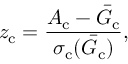
z _ { \mathrm { c } } = \frac { A _ { \mathrm { c } } - \bar { G } _ { \mathrm { c } } } { \sigma _ { \mathrm { c } } ( \bar { G } _ { \mathrm { c } } ) } ,